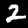
Label: 2